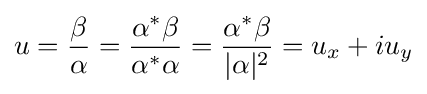
u={\beta  \over \alpha }={\alpha ^{*}\beta  \over \alpha ^{*}\alpha }={\alpha ^{*}\beta  \over |\alpha |^{2}}=u_{x}+iu_{y}